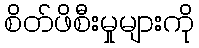
စိတ်ဖိစီးမှုများကို